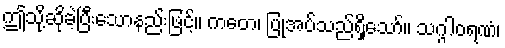
ဤသို့ဆိုခဲ့ပြီးသောနည်းဖြင့်။ ကတေ၊ ပြုအပ်သည်ရှိသော်။ သဂ္ဂါဝရဏံ၊